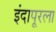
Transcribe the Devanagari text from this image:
इंदापूरला